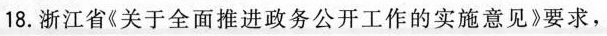
18.浙江省《关于全面推进政务公开工作的实施意见》要求，